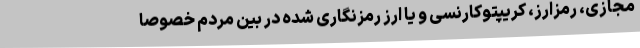
مجازی، رمزارز، کریپتوکارنسی و یا ارز رمزنگاری شده در بین مردم خصوصا